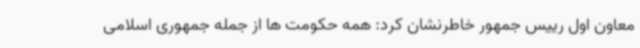
معاون اول رییس جمهور خاطرنشان کرد: همه حکومت ها از جمله جمهوری اسلامی